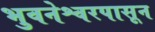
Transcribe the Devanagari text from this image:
भुवनेश्वरपासून